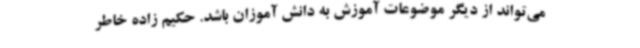
می‌تواند از دیگر موضوعات آموزش به دانش آموزان باشد. حکیم زاده خاطر